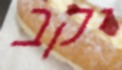
יקב